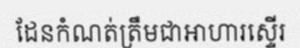
ដែនកំណត់ត្រឹមជាអាហារស្ទើរ